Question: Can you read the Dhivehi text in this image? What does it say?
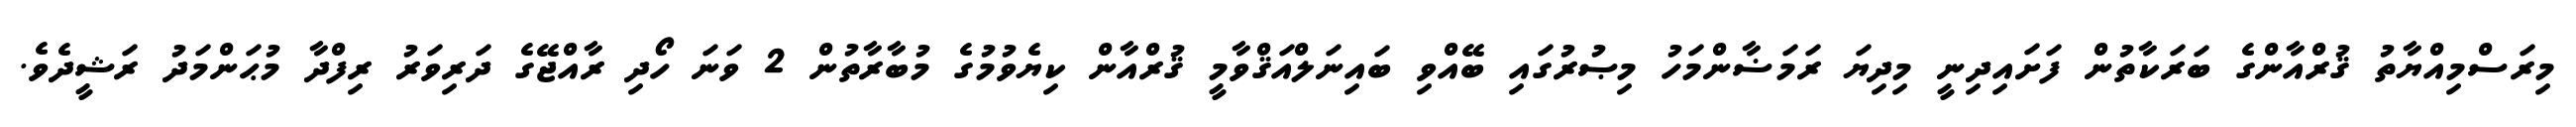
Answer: މިރަސްމިއްޔާތު ޤުރްއާންގެ ބަރަކާތުން ފަށައިދިނީ މިދިޔަ ރަމަޟާންމަހު މިޞުރުގައި ބޭއްވި ބައިނަލްއަޤްވާމީ ޤުރްއާން ކިޔެވުމުގެ މުބާރާތުން 2 ވަނަ ހޯދި ރާއްޖޭގެ ދަރިވަރު ރިފްދާ މުޙަންމަދު ރަޝީދެވެ.